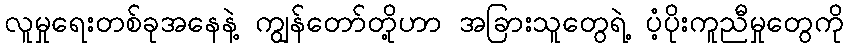
လူမှုရေးတစ်ခုအနေနဲ့ ကျွန်တော်တို့ဟာ အခြားသူတွေရဲ့ ပံ့ပိုးကူညီမှုတွေကို